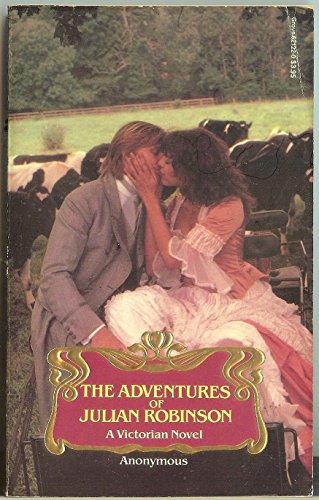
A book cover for The Adventures of Julian Robinson (Victorian Library); Publishing Grove; Romance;